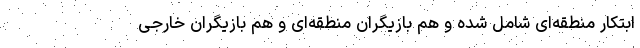
ابتکار منطقه‌ای شامل شده و هم بازیگران منطقه‌ای و هم بازیگران خارجی